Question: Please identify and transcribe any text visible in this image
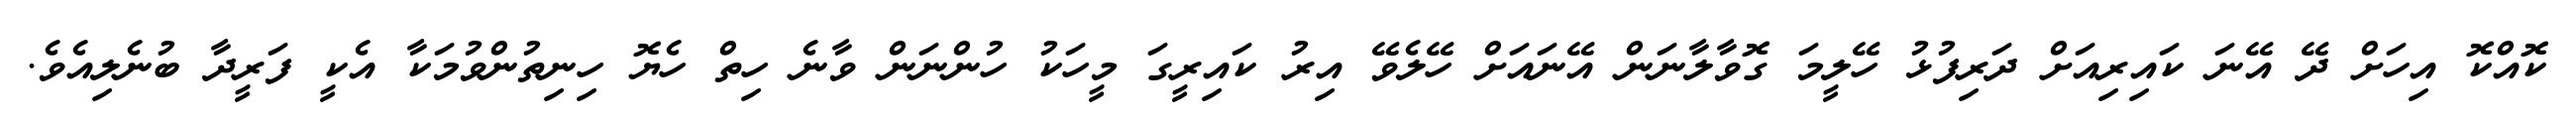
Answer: ކޮއްކޮ އިހަށް ދޭ އޭނަ ކައިރިއަށް ދަރިފުޅު ހޭލީމަ ގޮވާލާނަން އޭނައަށް ހޭލެވޭ އިރު ކައިރީގަ މީހަކު ހުންނަން ވާނެ ހިތް ހެޔޮ ހިނިތުންވުމަކާ އެކީ ފަރީދާ ބުނެލިއެވެ.